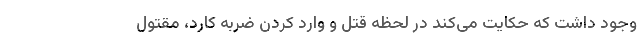
وجود داشت که حکایت می‌کند در لحظه قتل و وارد کردن ضربه کارد، مقتول